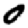
Digit: 0